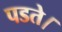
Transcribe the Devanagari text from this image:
पडते।